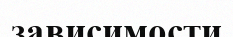
зависимости